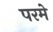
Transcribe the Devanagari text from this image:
परमे